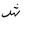
Letter: _shin